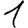
Digit: 1